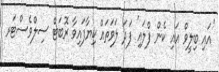
'އައި ބިލީވް އައި ކެން ފްލައި' ފަދަ ލަވަތައް ކިޔާފައިވާ ރޮބަޓް ސިލްވެސްޓަރ